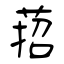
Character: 萔